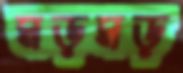
মড়মড়